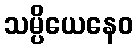
သမ္ပိယေနေဝ